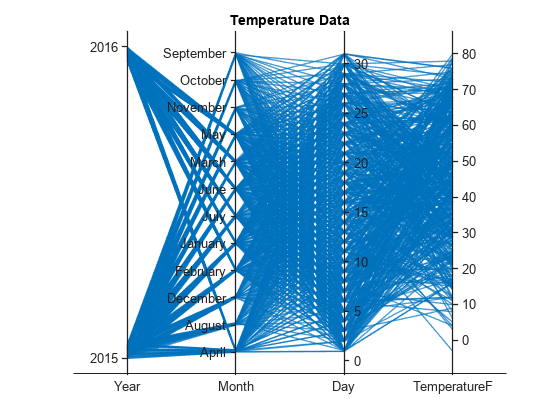
matlab, parallelplot